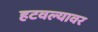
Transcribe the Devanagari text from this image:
हटवल्यावर